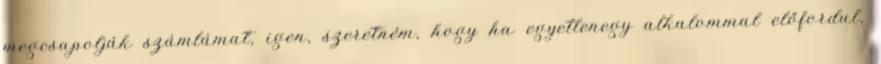
megcsapolják számlámat, igen, szeretném, hogy ha egyetlenegy alkalommal előfordul,